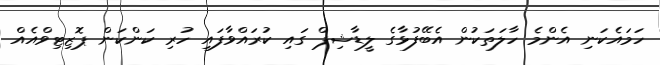
ހަމައެކަނި އެންމެ ހާލަތަކުން އެބޭފުޅާގެ ލީޑާޝިޕް ގައި ކުރައްވާފައި ހުރި ކަންކަން ޕޮޒިޓިވްއެއް